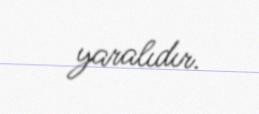
yaralıdır.